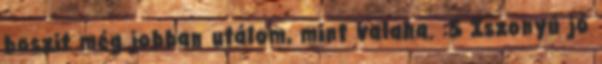
boszit még jobban utálom, mint valaha. :S Iszonyú jó